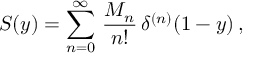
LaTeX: S ( y ) = \sum _ { n = 0 } ^ { \infty } \, { \frac { M _ { n } } { n ! } } \, \delta ^ { ( n ) } ( 1 - y ) \, ,